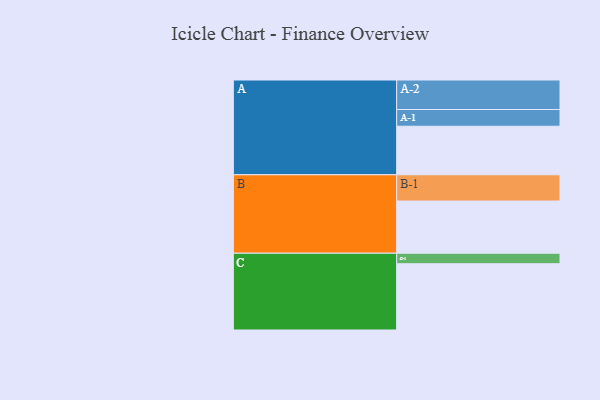
{"axis": {"x": "Segment", "y": "Value"}, "legend": ["", "A", "B", "C"], "data": [{"x": "A", "y": 342, "type": ""}, {"x": "B", "y": 368, "type": ""}, {"x": "C", "y": 467, "type": ""}, {"x": "A-1", "y": 118, "type": "A"}, {"x": "A-2", "y": 208, "type": "A"}, {"x": "B-1", "y": 185, "type": "B"}, {"x": "C-1", "y": 74, "type": "C"}]}